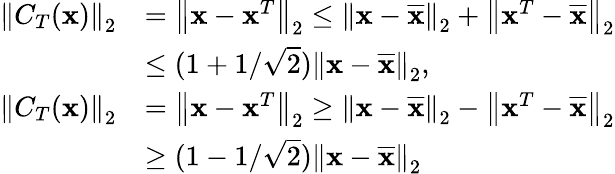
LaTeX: \begin{array}{rl}{\left\| C_{T}({\mathbf x})\right\| _{2}}&{=\left\| {\mathbf x}-{\mathbf x}^{T}\right\| _{2}\leq\left\| {\mathbf x}-\overline{{\mathbf x}}\right\| _{2}+\left\| {\mathbf x}^{T}-\overline{{\mathbf x}}\right\| _{2}}\\ &{\leq(1+1/\sqrt{2})\left\| {\mathbf x}-\overline{{\mathbf x}}\right\| _{2},}\\ {\left\| C_{T}({\mathbf x})\right\| _{2}}&{=\left\| {\mathbf x}-{\mathbf x}^{T}\right\| _{2}\geq\left\| {\mathbf x}-\overline{{\mathbf x}}\right\| _{2}-\left\| {\mathbf x}^{T}-\overline{{\mathbf x}}\right\| _{2}}\\ &{\geq(1-1/\sqrt{2})\left\| {\mathbf x}-\overline{{\mathbf x}}\right\| _{2}}\end{array}